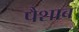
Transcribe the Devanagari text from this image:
पैशाब